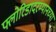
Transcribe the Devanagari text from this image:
फ्लोरिडादरम्यानच्या